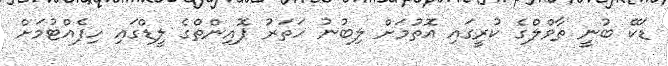
ޑަކޭ ބުނީ ތާވްލްގެ ކުރީގައި އޮތުމަށް ލިބުނު ހަތަރު ޕޮއިންތްގެ ލީޑްގައި ހިފެއްޓުމަށް